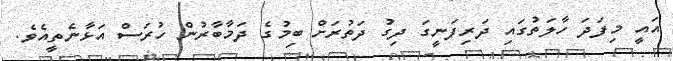
އައީ މިފަދަ ހާލަތުގައި ދަރިފަނީގަ ދިގު ދަތުރަށް ބިމުގެ ދަމާބާރުން ހުރަސް އަޅާނެތީއެވެ.